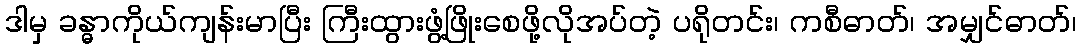
ဒါမှ ခန္ဓာကိုယ်ကျန်းမာပြီး ကြီးထွားဖွံ့ဖြိုးစေဖို့လိုအပ်တဲ့ ပရိုတင်း၊ ကစီဓာတ်၊ အမျှင်ဓာတ်၊